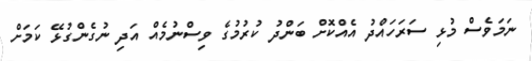
ނަމަވެސް މުޅި ސަރަހައްދު އެއްކޮށް ބަންދު ކުރުމުގެ ވިސްނުމެއް އަދި ނުގެންގުޅޭ ކަމަށް